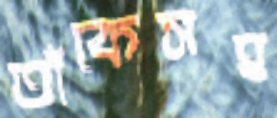
তাঁকেসহ